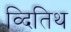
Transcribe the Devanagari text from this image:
व्दितिथ